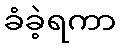
ခံခဲ့ရကာ